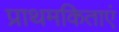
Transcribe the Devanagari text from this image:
प्राथमकिताएं